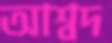
আশ্বদ